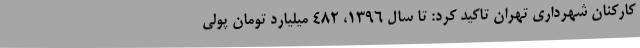
کارکنان شهرداری تهران تاکید کرد: تا سال 1396، 482 میلیارد تومان پولی